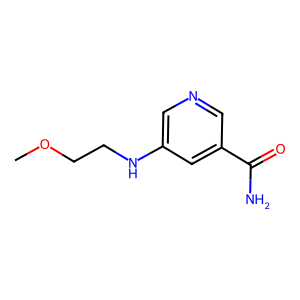
SMILES: COCCNc1cncc(C(N)=O)c1
Inhibits HIV replication: No